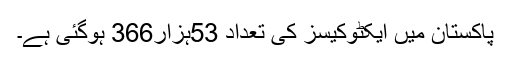
پاکستان میں ایکٹوکیسز کی تعداد 53ہزار366 ہوگئی ہے۔